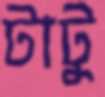
টাটু